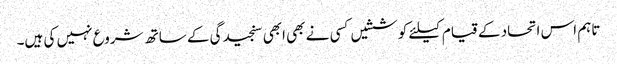
تاہم اس اتحاد کے قیام کیلئے کوششیں کسی نے بھی ابھی سنجیدگی کے ساتھ شروع نہیں کی ہیں۔